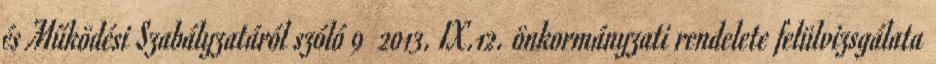
és Működési Szabályzatáról szóló 9 2013. IX.12. önkormányzati rendelete felülvizsgálata